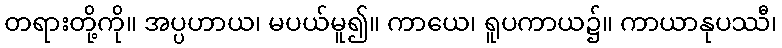
တရားတို့ကို။ အပ္ပဟာယ၊ မပယ်မူ၍။ ကာယေ၊ ရူပကာယ၌။ ကာယာနုပဿီ၊